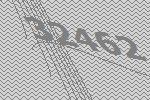
32462